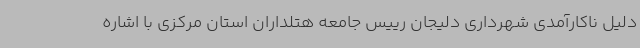
دلیل ناکارآمدی شهرداری دلیجان رییس جامعه هتلداران استان مرکزی با اشاره